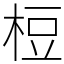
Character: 梪